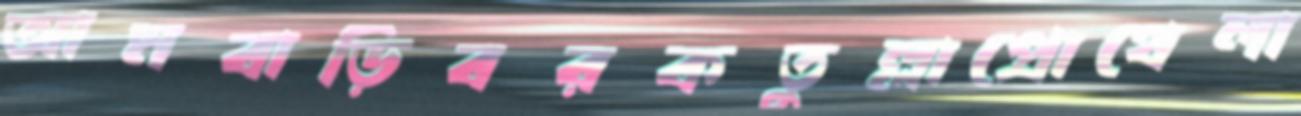
আমবাড়িবরকতুল্লাপ্রোথেলা